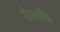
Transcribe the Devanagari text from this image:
वेस्टबैंड